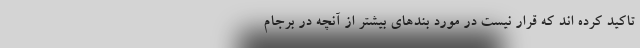
تاکید کرده اند که قرار نیست در مورد بندهای بیشتر از آنچه در برجام